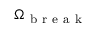
{ \Omega } _ { \mathrm { ~ b ~ r ~ e ~ a ~ k ~ } }